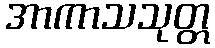
အာကာသသုတ္တ